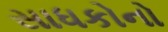
સાધકોનો